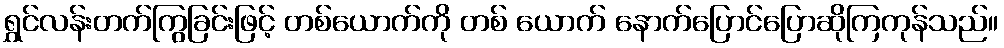
ရွှင်လန်းတက်ကြွခြင်းဖြင့် တစ်ယောက်ကို တစ် ယောက် နောက်ပြောင်ပြောဆိုကြကုန်သည်။